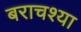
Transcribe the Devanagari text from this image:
बराचश्या